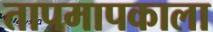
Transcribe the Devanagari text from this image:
तापमापकाला